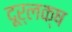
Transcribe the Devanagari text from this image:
दूर्लक्ष